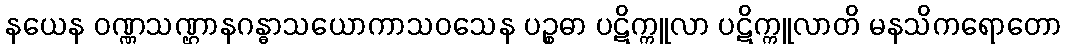
နယေန ဝဏ္ဏသဏ္ဌာနဂန္ဓာသယောကာသဝသေန ပဉ္စဓာ ပဋိက္ကူလာ ပဋိက္ကူလာတိ မနသိကရောတော